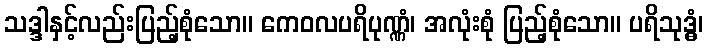
သဒ္ဒါနှင့်လည်းပြည့်စုံသော။ ကေဝလပရိပုဏ္ဏံ၊ အလုံးစုံ ပြည့်စုံသော။ ပရိသုဒ္ဓံ၊